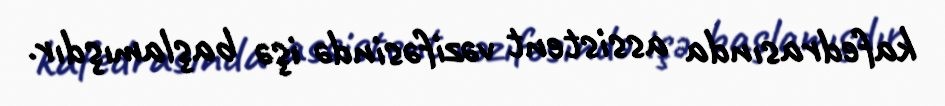
kafedrasında assistent vəzifəsində işə başlamışdır.